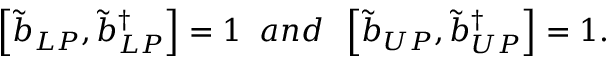
\begin{array} { r } { \left[ \tilde { b } _ { L P } , \tilde { b } _ { L P } ^ { \dagger } \right] = 1 \; \; a n d \; \; \left[ \tilde { b } _ { U P } , \tilde { b } _ { U P } ^ { \dagger } \right] = 1 . } \end{array}